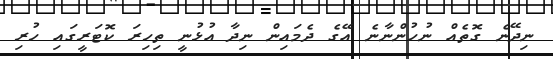
ނިދޭނެ ގޮތެއް ނުހުންނާނެ އޭގެ ދެމައިން ނިދާ އުޅުނީ ތިހިރަ ކޮޓަރީގައި ހުރި